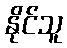
နိုင်သူ